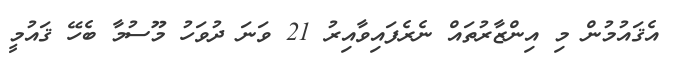
އެޤައުމުން މި އިންޒާރުތައް ނެރެފައިވާއިރު 21 ވަނަ ދުވަހު މޫސުމާ ބެހޭ ޤައުމީ